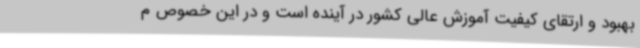
بهبود و ارتقای کیفیت آموزش عالی کشور در آینده است و در این خصوص م